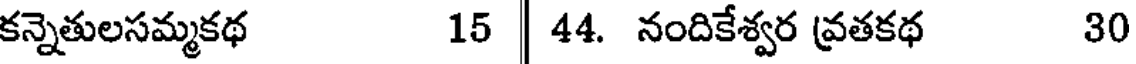
కన్నెతులసమ్మకథ 15 | 44. నందికేశ్వర వ్రతకథ 30